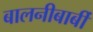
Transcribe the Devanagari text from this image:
बालनीबार्बी